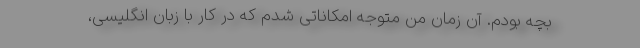
بچه بودم. آن زمان من متوجه امکاناتی شدم که در کار با زبان انگلیسی،